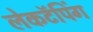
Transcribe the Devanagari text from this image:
लेकटॅपिंग